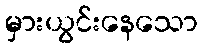
မှားယွင်းနေသော